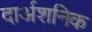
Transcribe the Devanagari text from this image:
दार्अशनिक